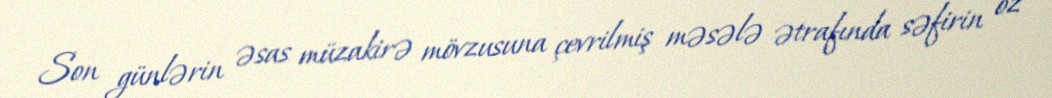
Son günlərin əsas müzakirə mövzusuna çevrilmiş məsələ ətrafında səfirin öz